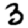
Digit: 3